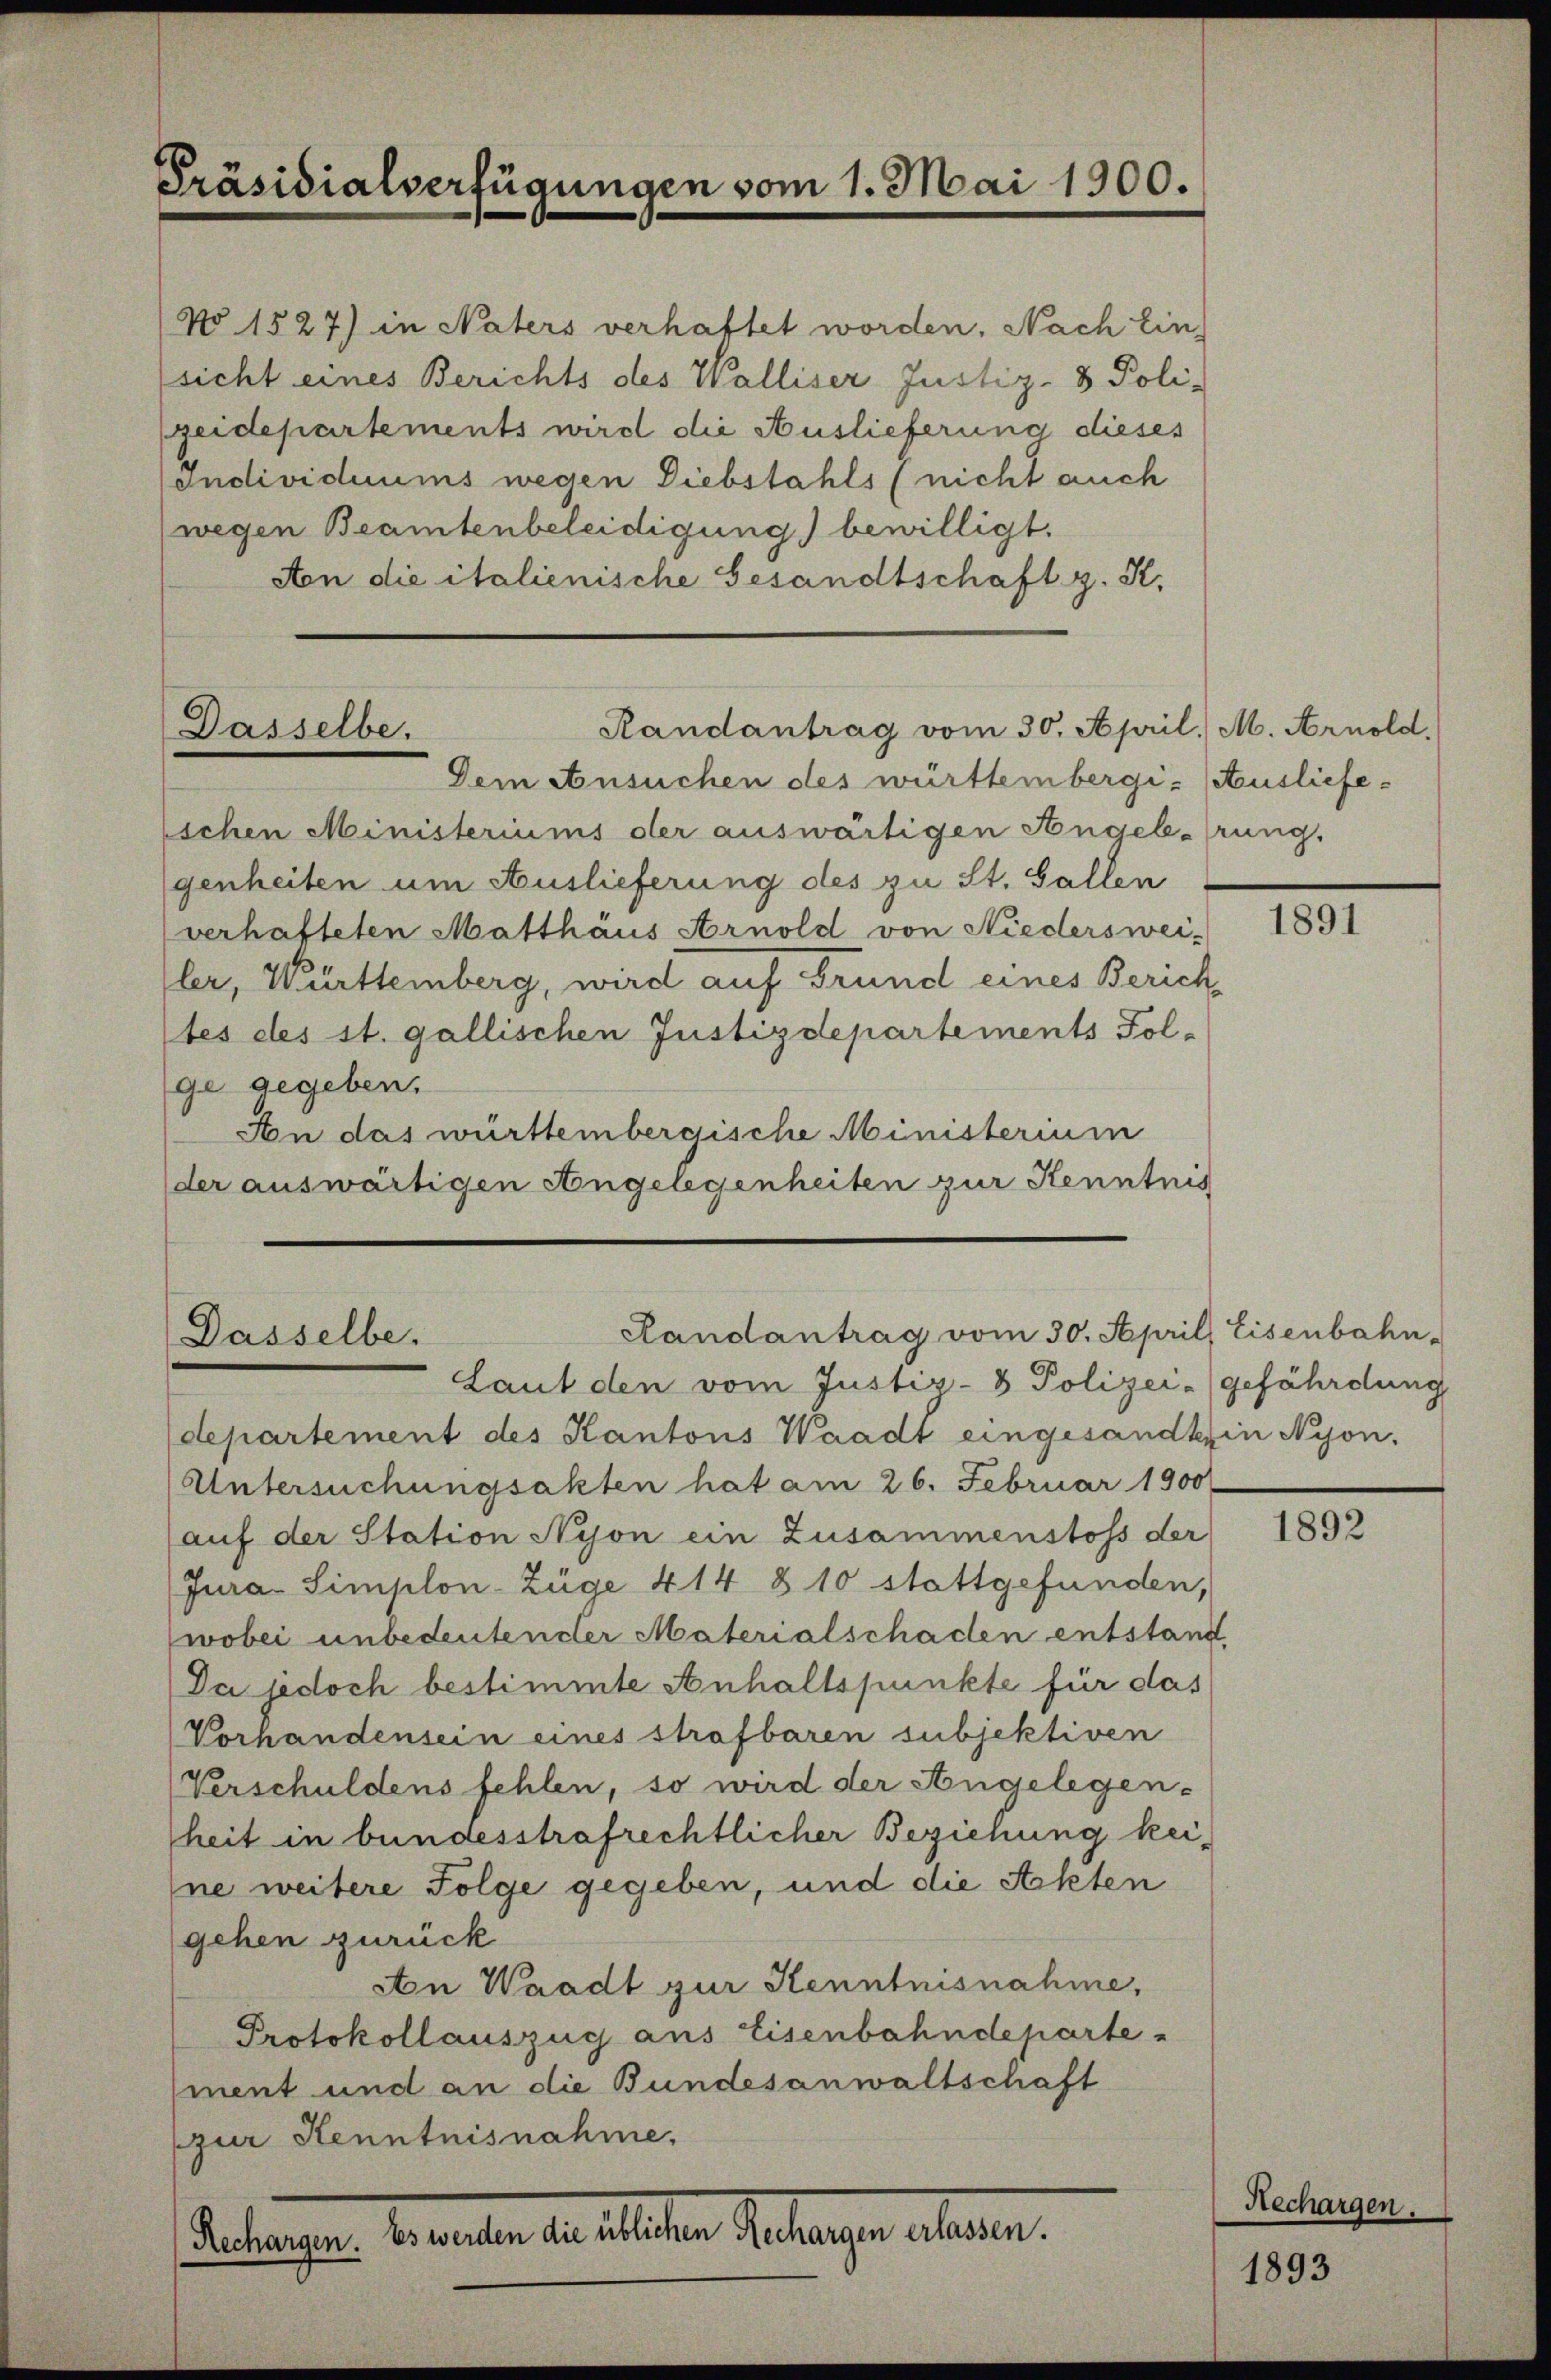
Präsidialverfügungen vom 1. Mai 1900.

No 1527) in Naters verhaftet worden, Nach Ein
sicht eines Berichts des Walliser Justiz- & Poli-
zeidepartements wird die Auslieferung dieses
Individuums wegen Diebstahls (nicht auch
wegen Beamtenbeleidigung bewilligt.
Aon die italienische Gesandtschaft z. K.

Randantrag vom 30. April. M. Arnold,
Dasselbe.

Dem Ansuchen des württembergi- Ausliefe-
schen Ministeriums der auswärtigen Angelehrung.
genheiten um Auslieferung des zu St. Gallen
verhafteten Matthäus Arnold von Niederswei-
ler, Württemberg, wird auf Grund eines Zürichtes des st. gallischen Justizdepartements Fol-
ge gegeben.
An das württembergische Ministerium
der auswärtigen Angelegenheiten zur Kenntnis

Randantrag vom 30. April, Eisenbahn-
Dasselbe.
Laut den vom Justiz- & Polizei- (gefährdung

departement des Kantons Waadt eingesandtin Nyon.
Untersuchungsakten hat am 26. Februar 1900
auf der Station Nyon ein Zusammenstoss der
Jura Simplon-Züge 414 § 10 stattgefunden,
wobei unbedeutender Materialschaden entstand
Da jedoch bestimmte Anhaltspunkte für das
Vorhandensein eines strafbaren subjektiven
Verschuldens fehlen, so wird der Angelegen-
heit in bundesstrafrechtlicher Beziehung keine weitere Folge gegeben, und die Akten
gehen zurück
An Waadt zur Kenntnisnahme,
Protokollauszug aus Eisenbahndeparte
(ment und an die Bundesanwaltschaft
(zur Kenntnisnahme,
delangen Bereiter den lasten Betragen erlesen.

1893

1891

1892

Rechargen.